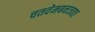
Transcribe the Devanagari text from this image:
चतवेमबनजवत